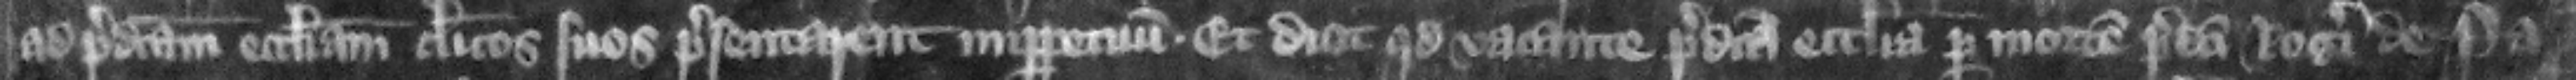
ad predictam ecclesiam clericos sos presentarent imperpetuum. Et dicit quod vacante predicta ecclesia per mortem predicti Rogeri de Pa